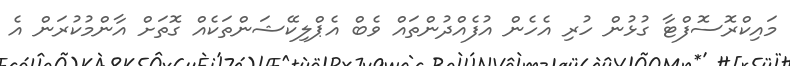
މައިކްރޮސޮފްޓާ ގުޅުން ހުރި އެހެން އުފެއްދުންތައް ވެބް އެޕްލިކޭޝަންތަކެއް ގޮތަށް އާންމުކުރަން އެ